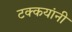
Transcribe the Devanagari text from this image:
टक्कयांनी